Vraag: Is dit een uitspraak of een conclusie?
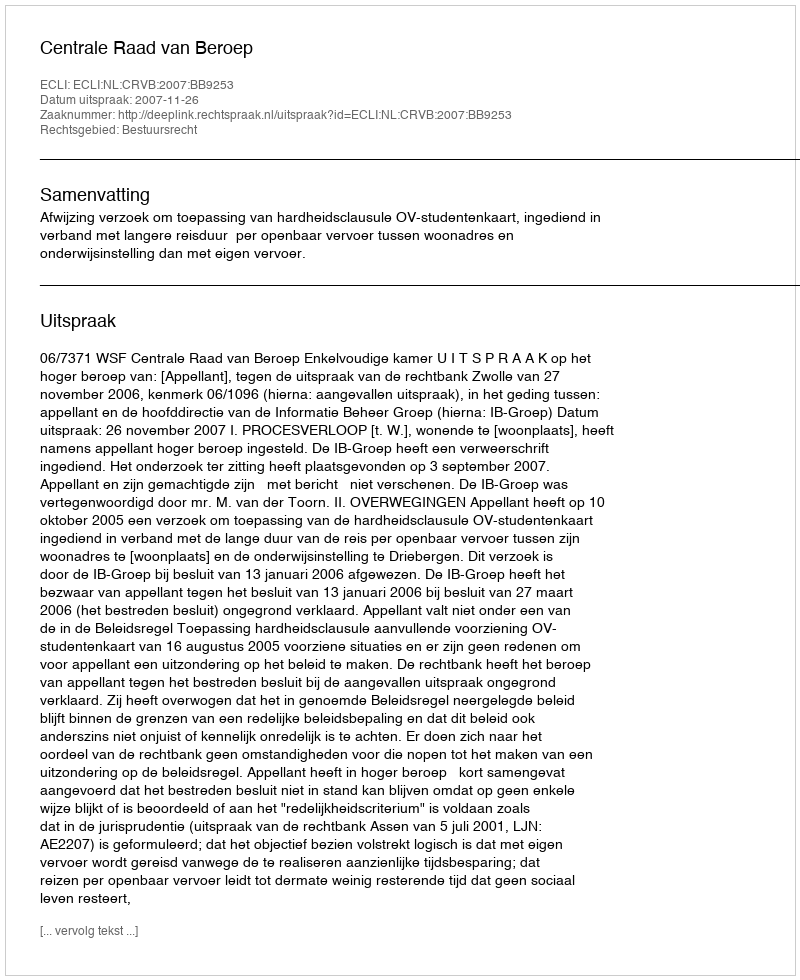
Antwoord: Uitspraak